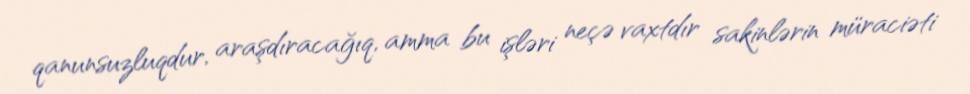
qanunsuzluqdur, araşdıracağıq, amma bu işləri neçə vaxtdır sakinlərin müraciəti